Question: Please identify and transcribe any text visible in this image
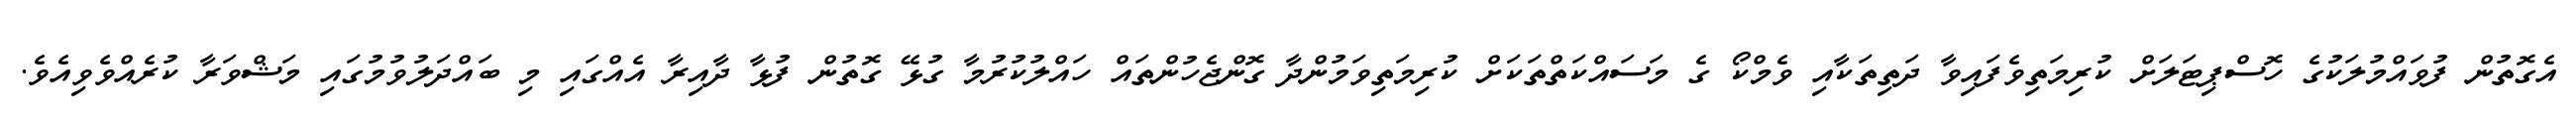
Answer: އެގޮތުން ފުވައްމުލަކުގެ ހޮސްޕިޓަލަށް ކުރިމަތިވެފައިވާ ދަތިތަކާއި ވެމްކޯ ގެ މަސައްކަތްތަކަށް ކުރިމަތިވަމުންދާ ގޮންޖެހުންތައް ހައްލުކުރުމާ ގުޅޭ ގޮތުން ފުޅާ ދާއިރާ އެއްގައި މި ބައްދަލުވުމުގައި މަޝްވަރާ ކުރެއްވެވިއެވެ.